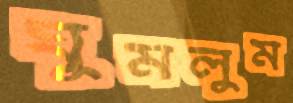
ঘুমলুম